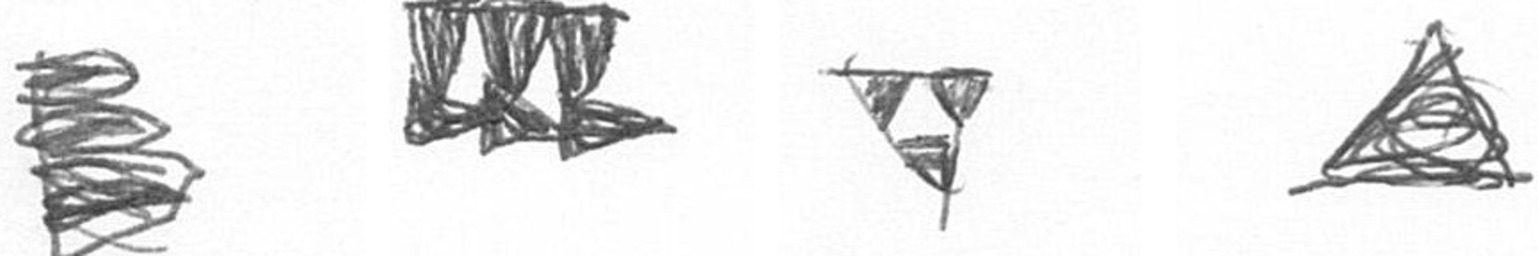
H D S O